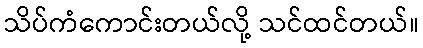
သိပ်ကံကောင်းတယ်လို့ သင်ထင်တယ်။